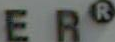
ER®